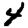
Digit: 4